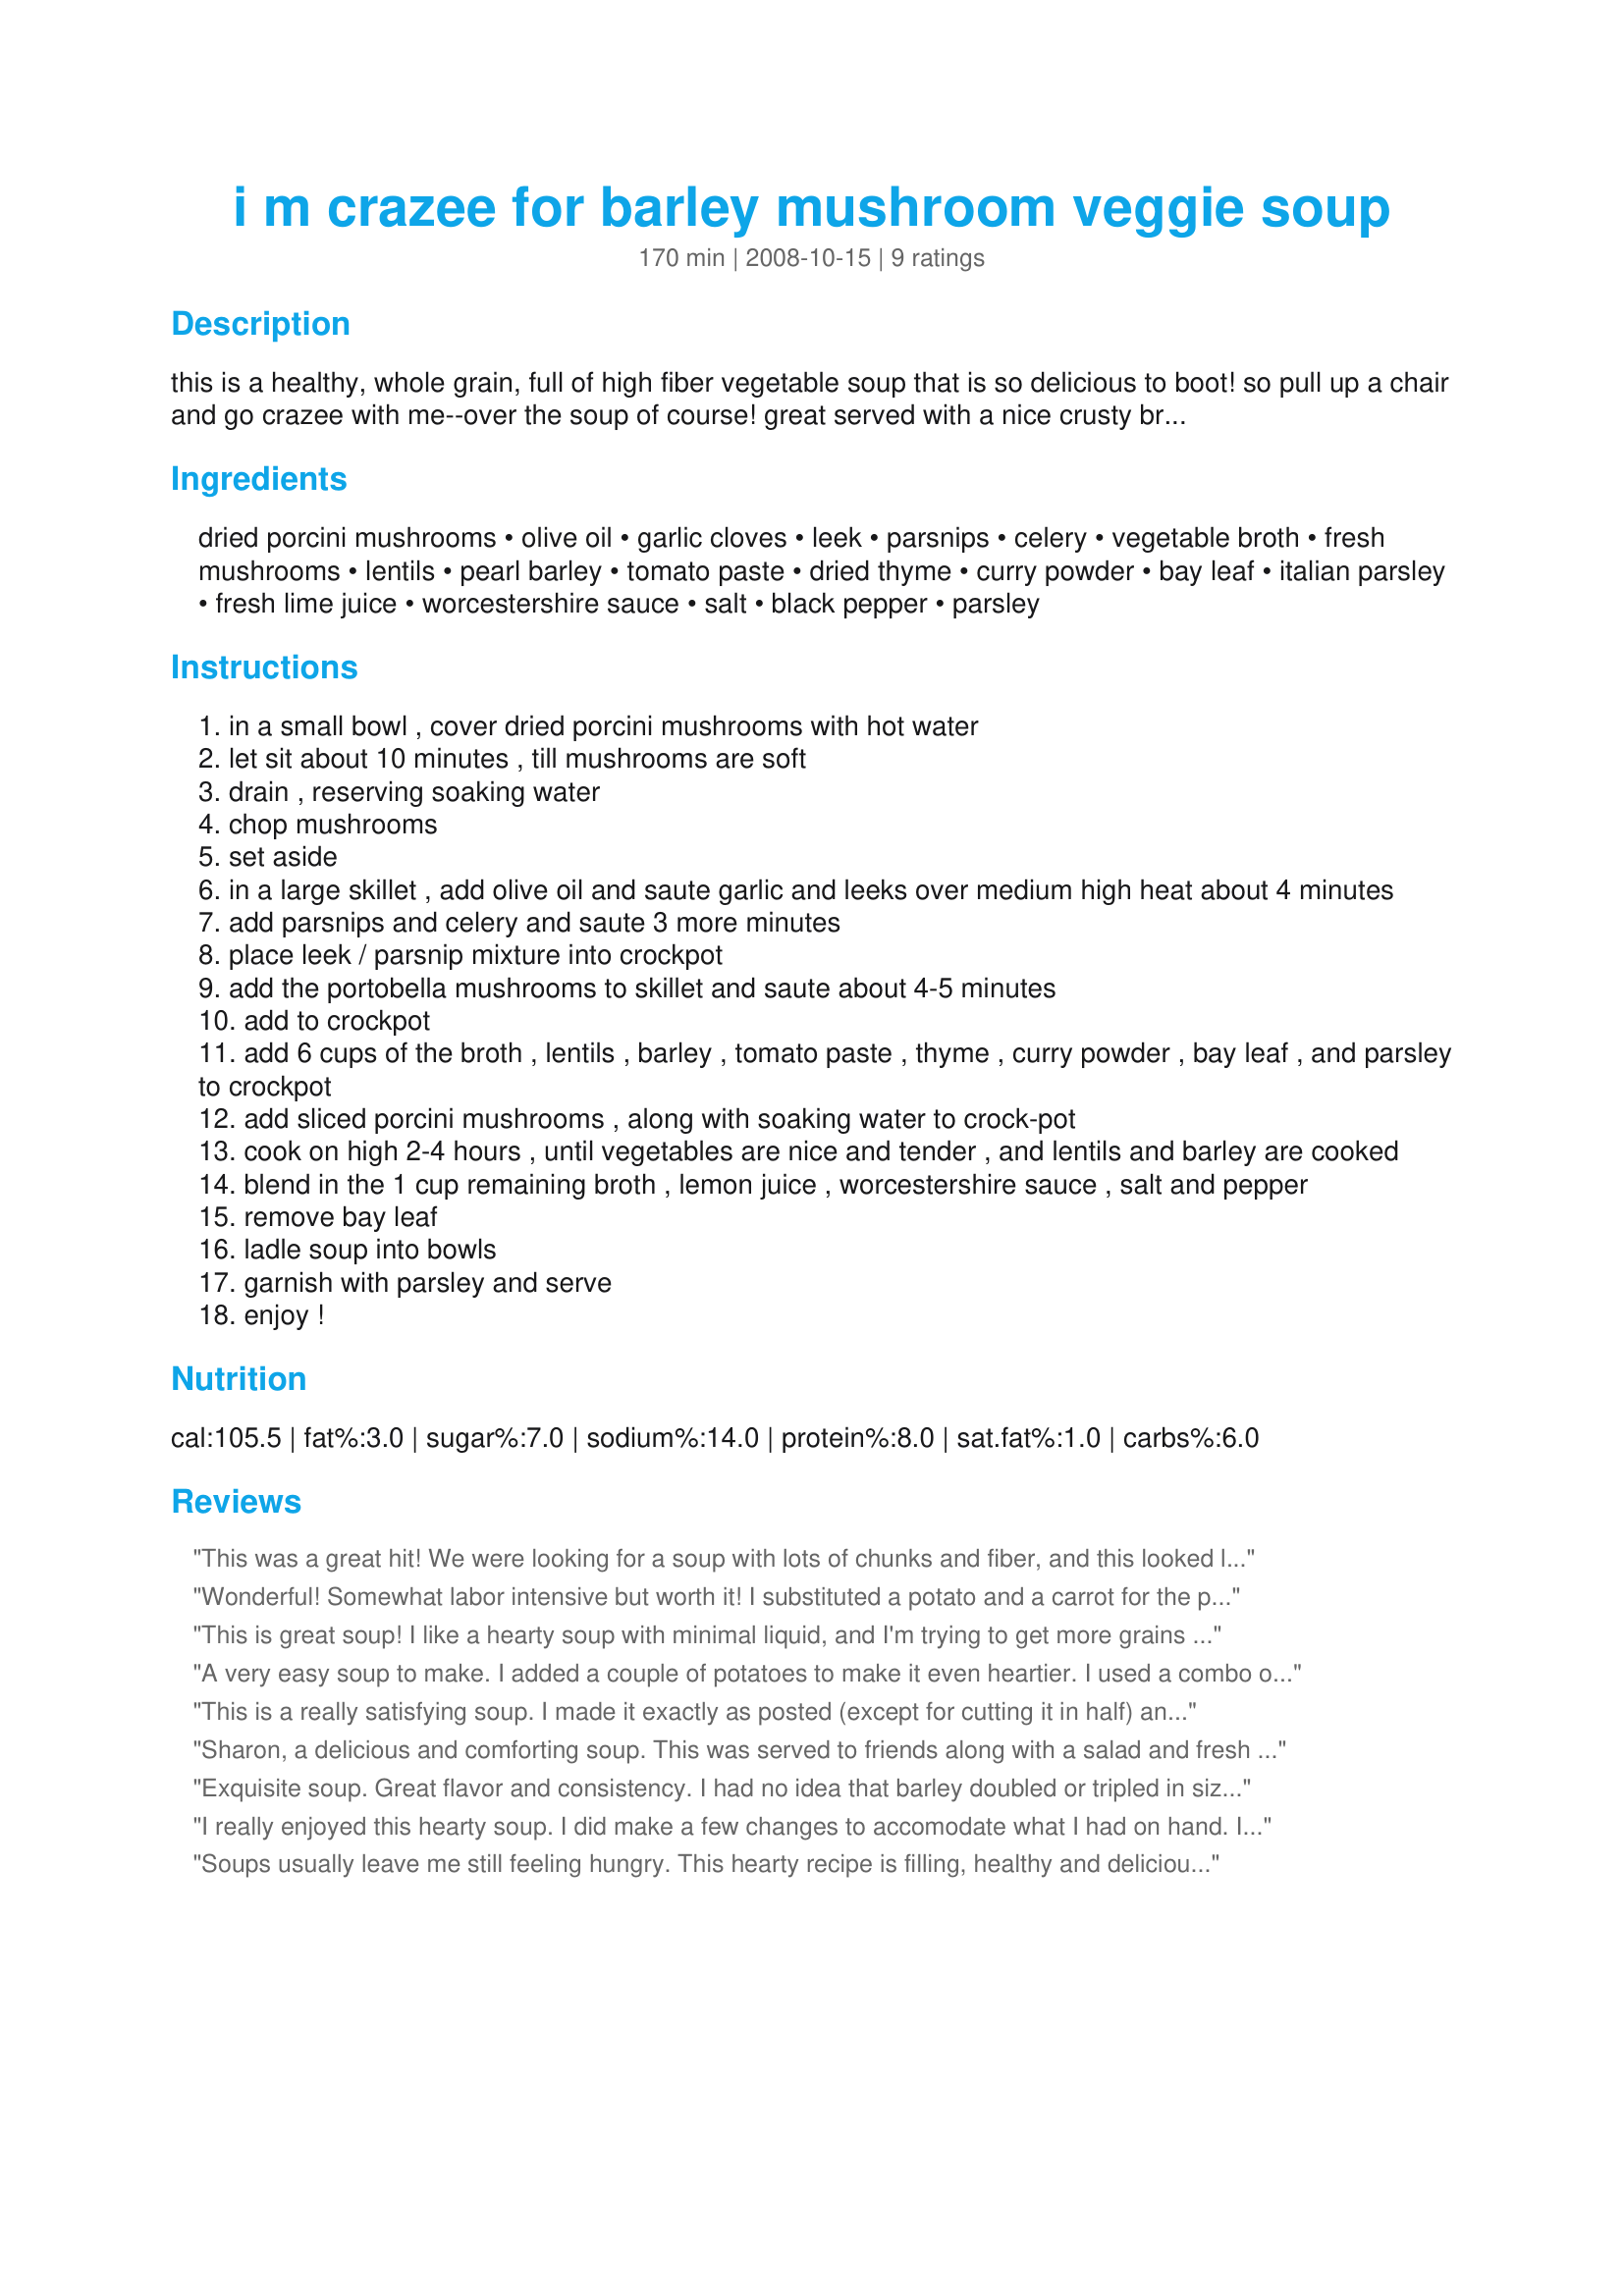
i m crazee for barley mushroom veggie soup
Preparation time: 170 minutes

this is a healthy, whole grain, full of high fiber vegetable soup that is so delicious to boot! so pull up a chair and go crazee with me--over the soup of course! great served with a nice crusty bread and a salad. can be made in the crock-pot.

Ingredients:
dried porcini mushrooms, olive oil, garlic cloves, leek, parsnips, celery, vegetable broth, fresh mushrooms, lentils, pearl barley, tomato paste, dried thyme, curry powder, bay leaf, italian parsley, fresh lime juice, worcestershire sauce, salt, black pepper, parsley

Steps:
in a small bowl , cover dried porcini mushrooms with hot water
let sit about 10 minutes , till mushrooms are soft
drain , reserving soaking water
chop mushrooms
set aside
in a large skillet , add olive oil and saute garlic and leeks over medium high heat about 4 minutes
add parsnips and celery and saute 3 more minutes
place leek / parsnip mixture into crockpot
add the portobella mushrooms to skillet and saute about 4-5 minutes
add to crockpot
add 6 cups of the broth , lentils , barley , tomato paste , thyme , curry powder , bay leaf , and parsley to crockpot
add sliced porcini mushrooms , along with soaking water to crock-pot
cook on high 2-4 hours , until vegetables are nice and tender , and lentils and barley are cooked
blend in the 1 cup remaining broth , lemon juice , worcestershire sauce , salt and pepper
remove bay leaf
ladle soup into bowls
garnish with parsley and serve
enjoy !

Reviews:
This was a great hit! We were looking for a soup with lots of chunks and fiber, and this looked like it would fit the bill. I didn't have any leeks, so I substituted onion instead. I also used one carrot and one parsnip, since I only had one parsnip in the fridge. (I actually like the color the carrot added, so I'll do it that way again.) I couldn't get a hold of dried porcini mushrooms either, so I put in about 2 cups of fresh baby bellas instead. I wasn't sure how much lime juice I was going to add, since my crew tends to be fussy about tart flavors. I added it in gradually, kept tasting, and decided to use the entire 2 tablespoons in the end. This has become our #1 favorite soup! Thanks for sharing.
Wonderful! Somewhat labor intensive but worth it! I substituted a potato and a carrot for the parsnips and my family loved it! Thanks so much.
This is great soup! I like a hearty soup with minimal liquid, and I'm trying to get more grains and veggies into our diet...this hits the spot. I also like the spices in this- I wouldn't have thought of thyme and curry together, but it's great! I wasn't sure about the lime either, but it really adds that 'something special'. I did adjust ingredients to what I had available when I decided to try this-- carrots, celery, no leek, a large can of mushrooms...still yummy (though I'm sure that it would be much better with the porcini and fresh mushrooms, and hope to try that sometime). Thanks Sharon!
A very easy soup to make. I added a couple of potatoes to make it even heartier. I used a combo of parsnips and carrots and forgot to add the parsley,lime, and Worcestershire sauce. Thanks for the recipe.
This is a really satisfying soup. I made it exactly as posted (except for cutting it in half) and enjoyed the mix of flavors very much. I used a carrot, and loved the bit of color that it added. Thanks for sharing a delicious soup recipe!
Sharon, a delicious and comforting soup. This was served to friends along with a salad and fresh baked bread and they really enjoyed it. I misread the directions and added about 1/2 cup additional lentils but was able to adjust the seasonings to accommodate my error. The procinin mushrooms add depth and color. I look forward to trying this with portobella mushrooms. Made for *Aussie Swap 24*
Exquisite soup. Great flavor and consistency. I had no idea that barley doubled or tripled in size like that! I was very surprised. The porcini mushrooms and lime juice added unique flavor and textures; they shouldn't be omitted under any circumstances.
I really enjoyed this hearty soup. I did make a few changes to accomodate what I had on hand. I used 1 onion, chopped for the leek, carrots for parsnips and I didn't have dried porcini mushrooms at all. I prefer barley to lentils so used 1 cup barley and 1/2 cup lentils. The soup smelled wonderful and was ready in about 3 hours. My children didn't love it (they said it was spicy, which I didn't think it was at all) but the hubby and I liked it a lot. I'll make this one again!
Soups usually leave me still feeling hungry. This hearty recipe is filling, healthy and delicious. For carb counters and those looking for additional dietary fiber, this soup is A+. A wonderful ingredient combination. Like Sharon states, bread/salad would make a nice accompaniment, but this soup stands very well on its own too.
